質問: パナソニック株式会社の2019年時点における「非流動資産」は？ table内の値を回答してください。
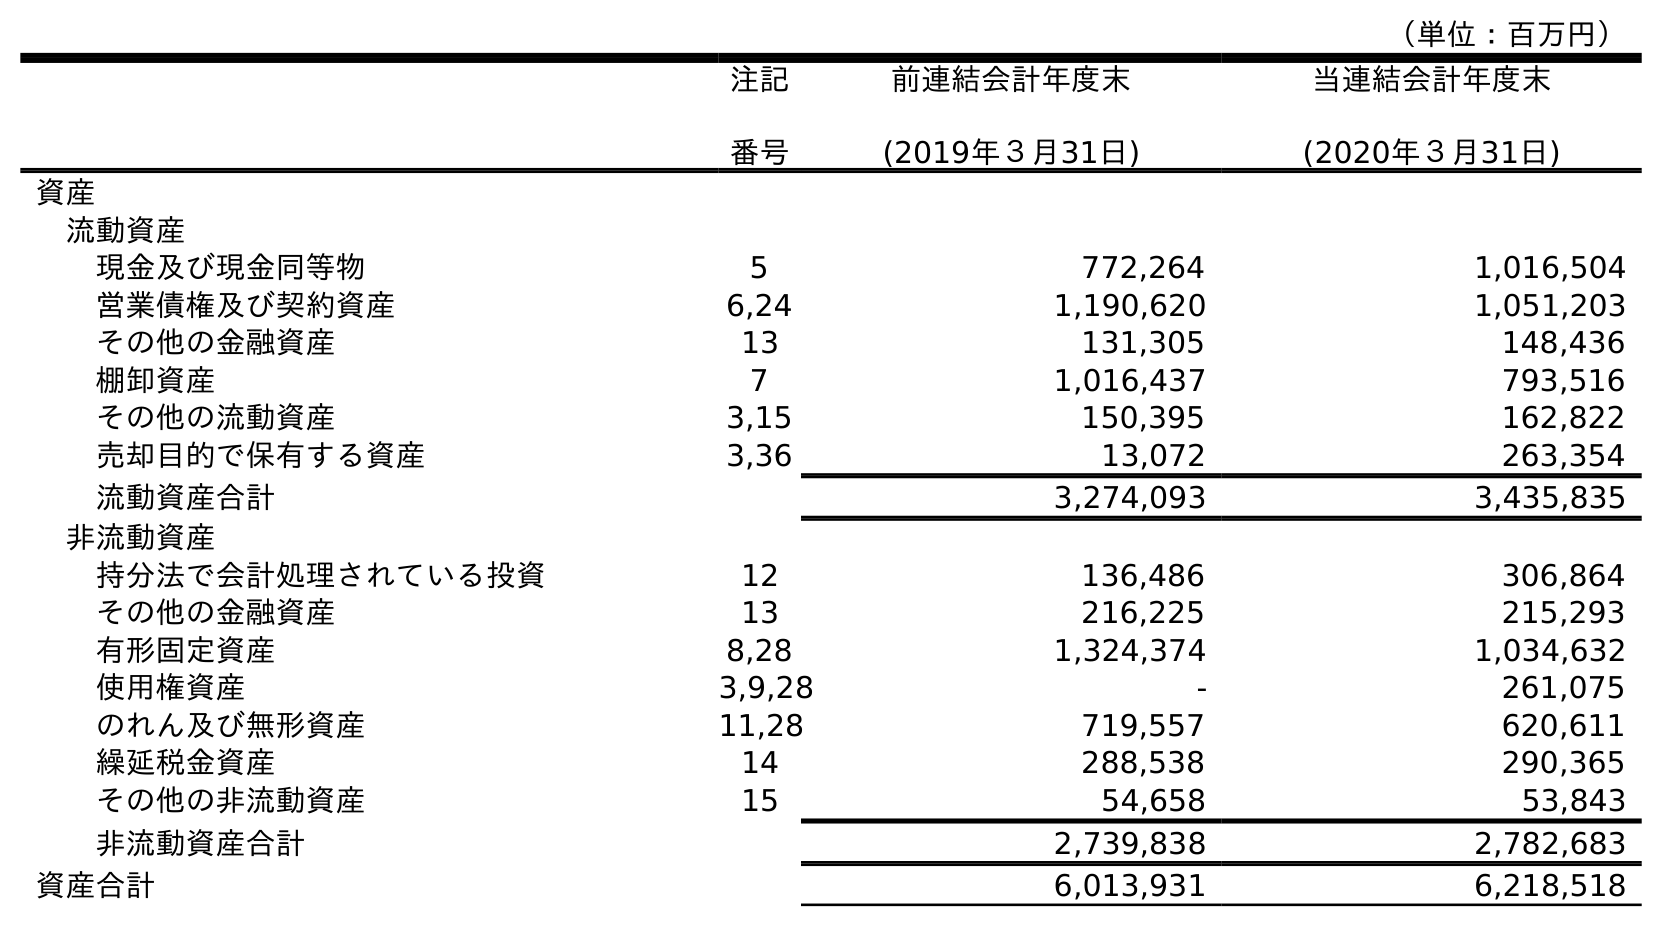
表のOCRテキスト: （単位：百万円） 注記 番号 前連結会計年度末 (2019年３月31日) 当連結会計年度末 (2020年３月31日) 資産 流動資産 現金及び現金同等物 5 772,264 1,016,504 営業債権及び契約資産 6,24 1,190,620 1,051,203 その他の金融資産 13 131,305 148,436 棚卸資産 7 1,016,437 793,516 その他の流動資産 3,15 150,395 162,822 売却目的で保有する資産 3,36 13,072 263,354 流動資産合計 3,274,093 3,435,835 非流動資産 持分法で会計処理されている投資 12 136,486 306,864 その他の金融資産 13 216,225 215,293 有形固定資産 8,28 1,324,374 1,034,632 使用権資産 3,9,28 - 261,075 のれん及び無形資産 11,28 719,557 620,611 繰延税金資産 14 288,538 290,365 その他の非流動資産 15 54,658 53,843 非流動資産合計 2,739,838 2,782,683 資産合計 6,013,931 6,218,518
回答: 2,739,838